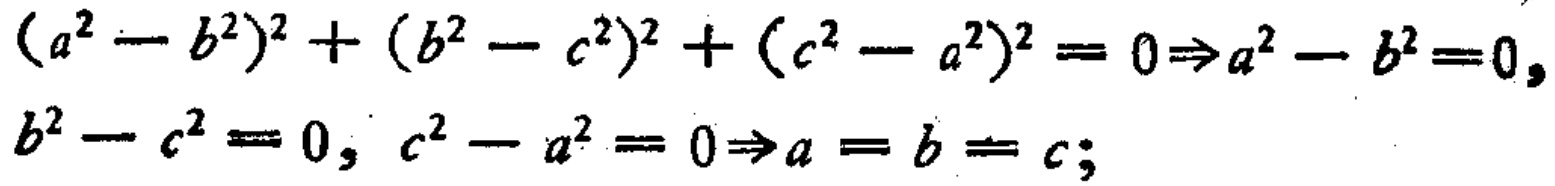
\((a^{2}-b^{2})^{2}+(b^{2}-c^{2})^{2}+(c^{2}-a^{2})^{2}=0\Rightarrow a^{2}-b^{2}=0,\)

\(b^{2}-c^{2}=0,\ c^{2}-a^{2}=0\Rightarrow a = b = c;\)